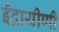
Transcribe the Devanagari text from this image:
ईंद्रायीणी